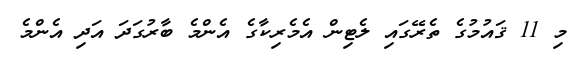
މި 11 ޤައުމުގެ ތެރޭގައި ލެޓިން އެމެރިކާގެ އެންމެ ބާރުގަދަ އަދި އެންމެ